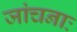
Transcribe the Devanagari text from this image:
जांचनाः